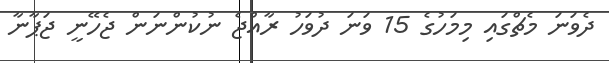
ދެވަނަ މެޗްގައި މިމަހުގެ 15 ވަނަ ދުވަހު ރާއްޖެ ނުކުންނަން ޖެހޭނީ ޖަޕާނާ